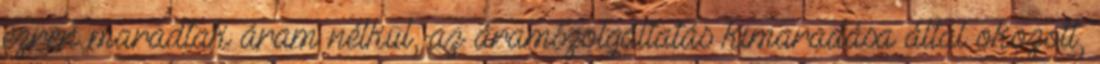
ezren maradtak áram nélkül, az áramszolgáltatás kimaradása által okozott,